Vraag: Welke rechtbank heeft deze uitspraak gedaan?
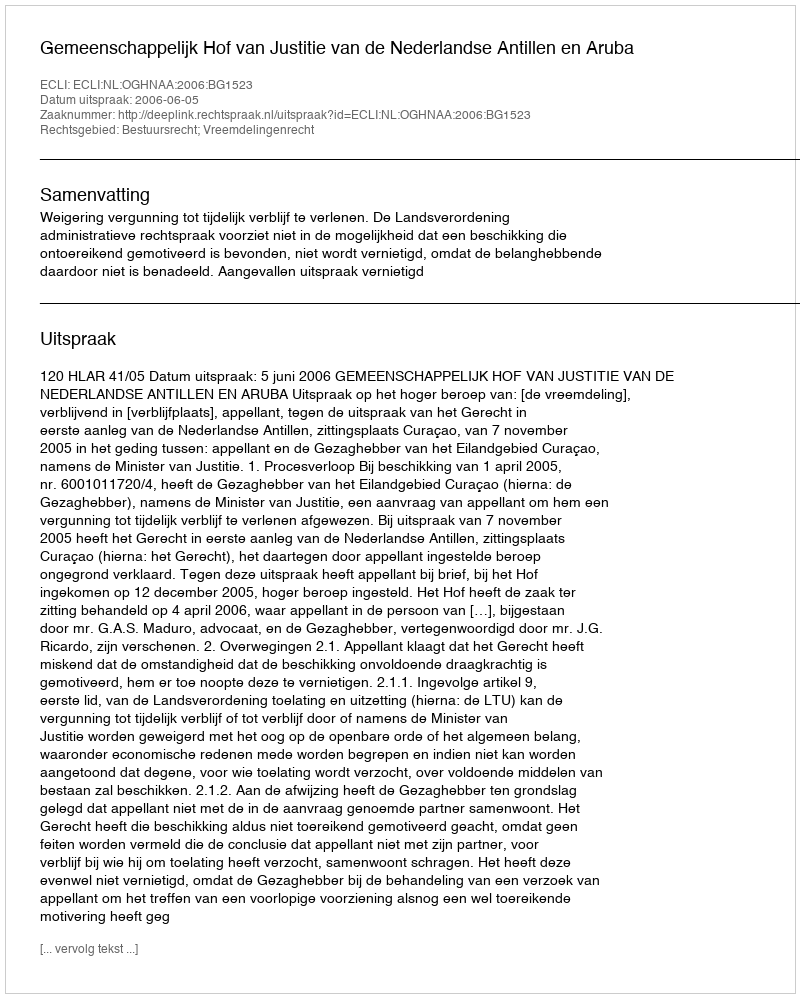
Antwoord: Gemeenschappelijk Hof van Justitie van de Nederlandse Antillen en Aruba